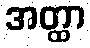
အတ္ထာ